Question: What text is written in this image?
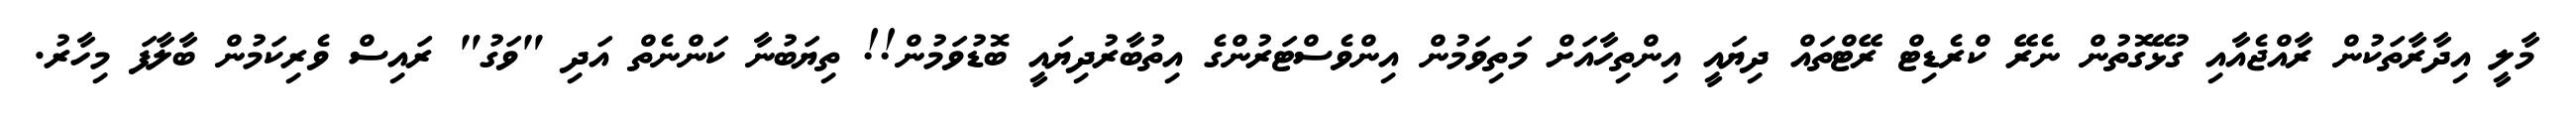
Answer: މާލީ އިދާރާތަކުން ރާއްޖެއާއި ގުޅޭގޮތުން ނެރޭ ކްރެޑިޓް ރޭޓްތައް ދިޔައީ އިންތިހާއަށް މަތިވަމުން އިންވެސްޓަރުންގެ އިތުބާރުދިޔައީ ބޮޑުވަމުން!! ތިޔަބުނާ ކަންނެތް އަދި "ވަގު" ރައިސް ވެރިކަމުން ބާލާފަ މިހާރު.